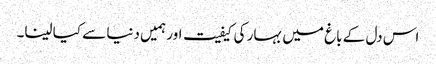
اس دل کے باغ میں بہار کی کیفیت اور ہمیں دنیا سے کیا لینا۔